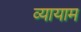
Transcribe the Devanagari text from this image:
व्‍यायाम